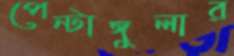
পেন্টাঙ্গুলার